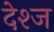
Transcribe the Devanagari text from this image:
देश्ज